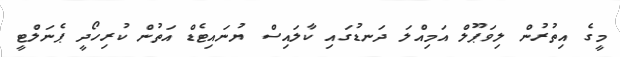
މީގެ އިތުރުން ލިވަޕޫލް އަމިއްލަ ދަނޑުގައި ކާލައިސް ޔުނައިޓެޑް އަތުން ކުރިހޯދީ ޕެނަލްޓީ